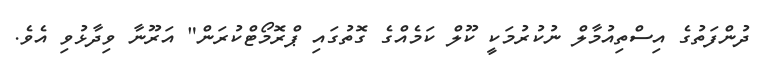
ދުންފަތުގެ އިސްތިއުމާލް ނުކުރުމަކީ ކޫލް ކަމެއްގެ ގޮތުގައި ޕްރޮމޯޓްކުރަން" އަރޫނާ ވިދާޅުވި އެވެ.